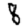
Digit: 8